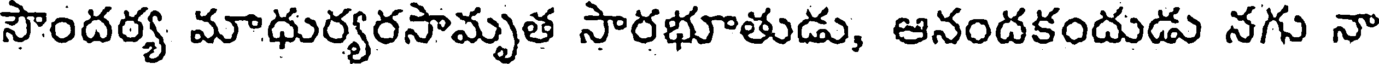
సౌందర్య మాధుర్యరసామృత సారభూతుడు, ఆనందకందుడు నగు నా